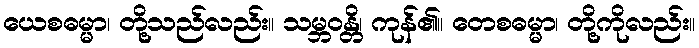
ယေစဓမ္မာ၊ တို့သည်လည်း။ သမ္ဘဝန္တိ၊ ကုန်၏။ တေစဓမ္မာ၊ တို့ကိုလည်း။